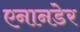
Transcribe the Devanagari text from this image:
एनानडेर